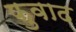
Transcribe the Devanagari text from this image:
फुवाद